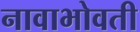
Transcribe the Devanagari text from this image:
नावाभोवती